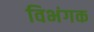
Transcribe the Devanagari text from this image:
विभंगक